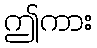
ဤကား